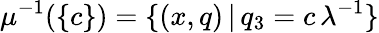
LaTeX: \mu^{-1}(\{ c\} )=\{ (x,q)\, |\, q_{3}=c\, \lambda^{-1}\}